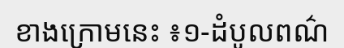
ខាងក្រោមនេះ ៖១-ដំបូលពណ៌